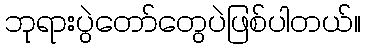
ဘုရားပွဲတော်တွေပဲဖြစ်ပါတယ်။